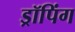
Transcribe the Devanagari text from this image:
ड्रॉपिंग